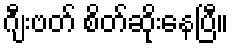
ဂျီးဗတ် စိတ်ဆိုးနေပြီ။